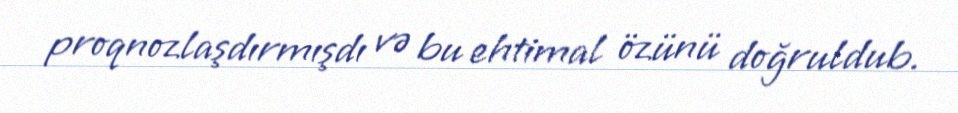
proqnozlaşdırmışdı və bu ehtimal özünü doğruldub.